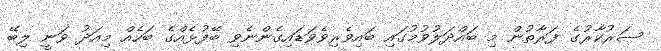
ސަރުކާރުގެ ފަރާތުން މި ބައްދަލުވުމުގައި ބައިވެރިވެވަޑައިގެންނެވި ބޭފުޅެއްގެ ބަހެއް މިއަދު ވަނީ ލިބޭ